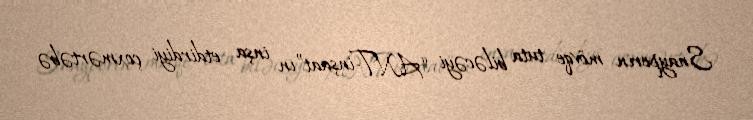
Snayperin mövqe tuta biləcəyi “ANT-inşaat”ın inşa etdirdiyi çoxmərtəbə